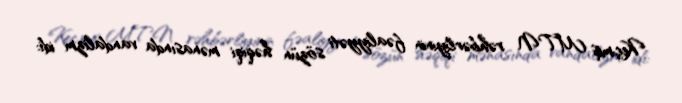
Keçmiş MTN rəhbərliyinin fəaliyyəti sözün həqiqi mənasında vandalizm idi: